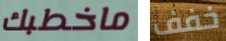
ماخطبك خفف